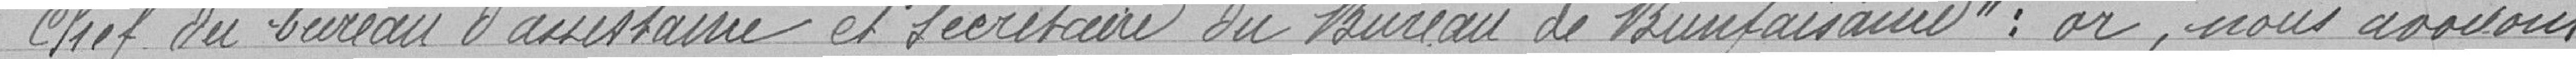
Chef du bureau d'assistance et secrétaire du Bureau de Bienfaisance" : or, nous avouons